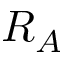
R _ { A }